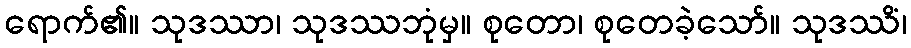
ရောက်၏။ သုဒဿာ၊ သုဒဿဘုံမှ။ စုတော၊ စုတေခဲ့သော်။ သုဒဿိံ၊